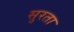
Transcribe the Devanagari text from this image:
सुरता